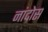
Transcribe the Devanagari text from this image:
नांदोस